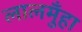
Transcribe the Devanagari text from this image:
लालमुँहा